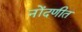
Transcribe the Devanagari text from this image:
नोंदणीत